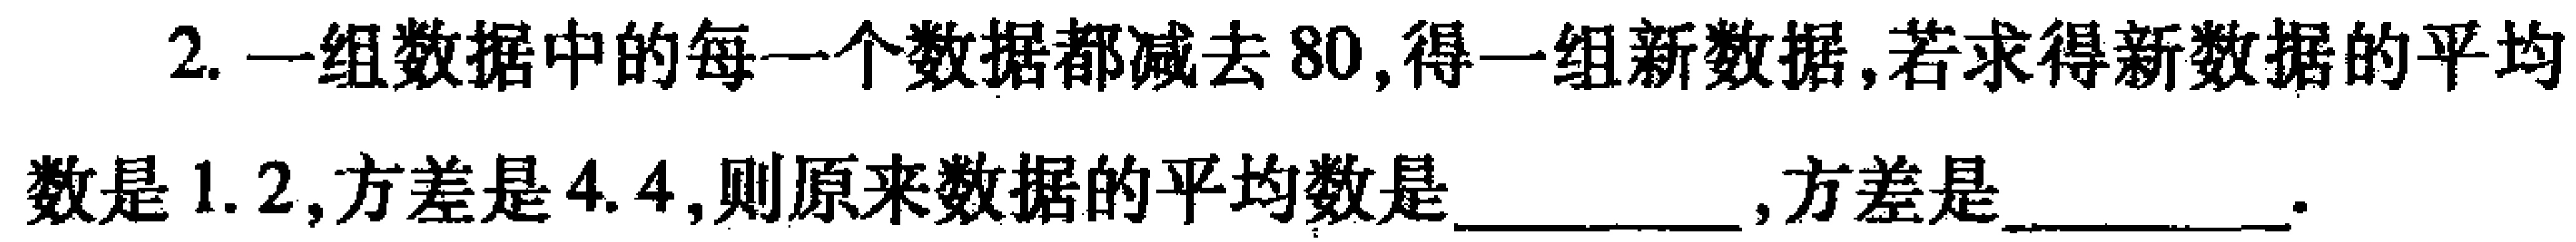
2. 一组数据中的每一个数据都减去80,得一组新数据,若求得新数据的平均数是1.2,方差是4.4,则原来数据的平均数是__________,方差是__________.